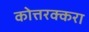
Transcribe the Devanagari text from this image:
कोत्तरक्करा